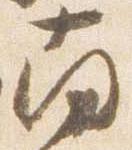
南